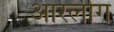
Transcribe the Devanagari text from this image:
आरलीग